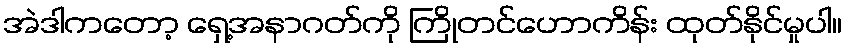
အဲဒါကတော့ ရှေ့အနာဂတ်ကို ကြိုတင်ဟောကိန်း ထုတ်နိုင်မှုပါ။